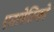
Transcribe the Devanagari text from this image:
एतलेतिको